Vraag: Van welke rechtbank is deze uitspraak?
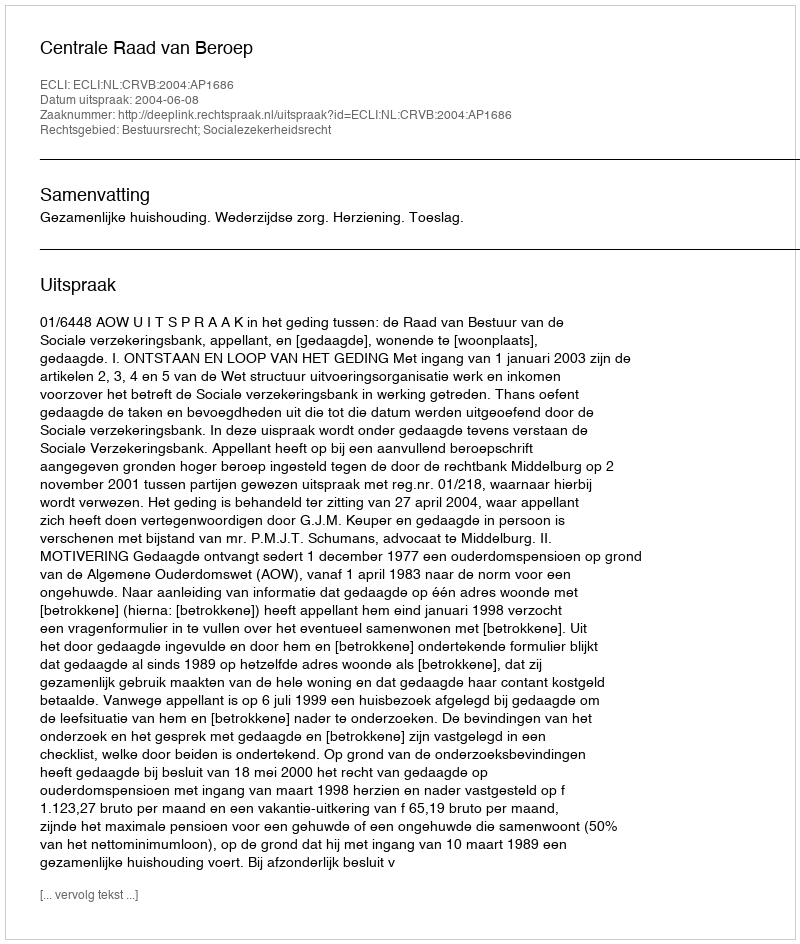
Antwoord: Centrale Raad van Beroep